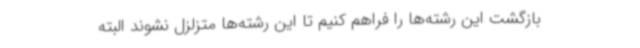
بازگشت این رشته‌ها را فراهم کنیم تا این رشته‌ها متزلزل نشوند البته